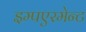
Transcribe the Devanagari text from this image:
इम्पएरमेन्ट